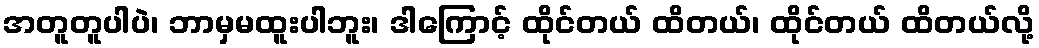
အတူတူပါပဲ၊ ဘာမှမထူးပါဘူး၊ ဒါကြောင့် ထိုင်တယ် ထိတယ်၊ ထိုင်တယ် ထိတယ်လို့